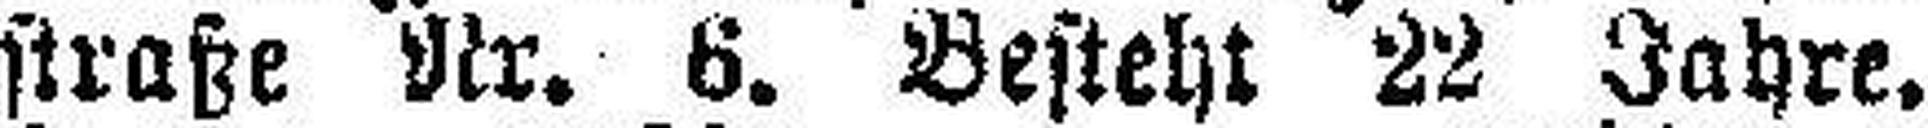
straße Nr. 6. Besteht 22 Jahre.